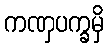
ကဏှပက္ခမှိ